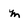
Character: m